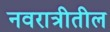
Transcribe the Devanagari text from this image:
नवरात्रीतील